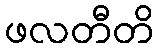
ဖလတီတိ